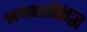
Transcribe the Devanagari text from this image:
जगतप्रसिद्धि